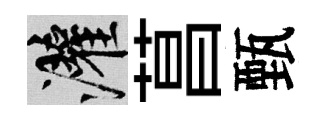
灌菖甄